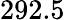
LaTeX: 292.5